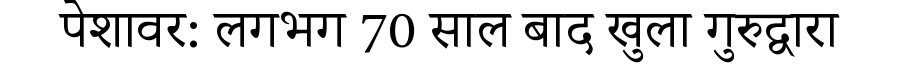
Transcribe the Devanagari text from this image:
पेशावर: लगभग 70 साल बाद खुला गुरुद्वारा